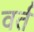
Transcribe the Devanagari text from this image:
वर्त